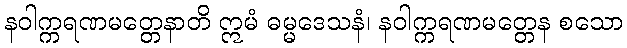
နဝါက္ကရဏမတ္တေနာတိ ဣမံ ဓမ္မဒေသနံ၊ နဝါက္ကရဏမတ္တေန စသော